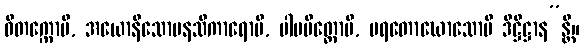
ဝိတက္ကောပိ, အယောနိသောမနသိကာရောပိ, ပါပမိတ္တောပိ, ပရတောဃောသောပိ ဒိဋ္ဌိဋ္ဌာန”န္တိ။